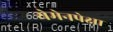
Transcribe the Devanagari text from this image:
येमेनपेक्षा